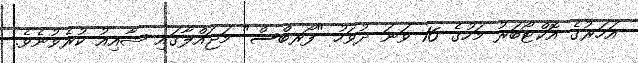
އަހަރުގެ އޮކްޓޯބަރު މަހުގެ 16 ވަނަ ދުވަހު "ފޯރބްސް" މަޖައްލާގައި ޝާއިއު ކުރެވުނެވެ.